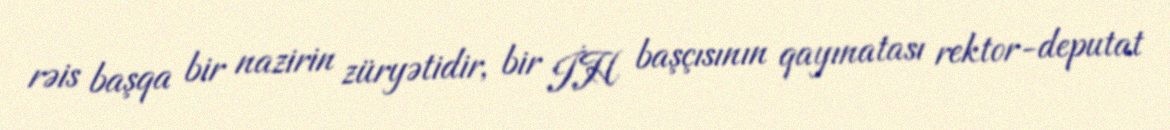
rəis başqa bir nazirin züryətidir, bir İH başçısının qayınatası rektor-deputat